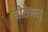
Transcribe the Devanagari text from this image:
गीतेगलु